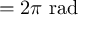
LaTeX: = 2 \pi { \mathrm { ~ r a d } }